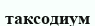
таксодиум